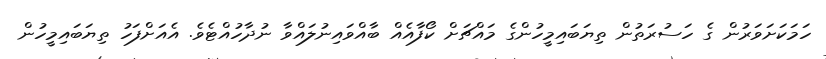
ހަމަކަށަވަރުން ގެ ހަސުރަތުން ތިޔަބައިމީހުންގެ މައްޗަށް ކޯފާއެއް ބާއްވައިނުލައްވާ ނުދާހުއްޓެވެ. އެއަށްފަހު ތިޔަބައިމީހުން